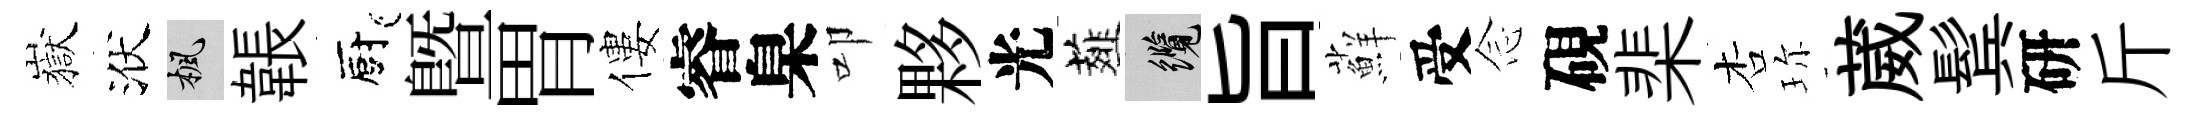
嶽洑楓韔廚暨胃僂睿臬叩夥光薤纜旨蘚受𫝹硯棐杏珎葳鬂研斤